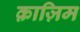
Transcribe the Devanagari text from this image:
क़ाज़िम